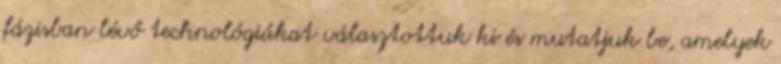
fázisban lévő technológiákat választottuk ki és mutatjuk be, amelyek